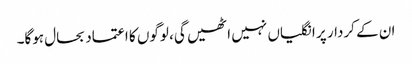
ان کے کردار پر انگلیاں نہیں اٹھیں گی، لوگوں کا اعتماد بحال ہوگا۔